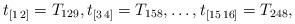
LaTeX: \begin{align*}t_{[1\,2]}=T_{129}, t_{[3\,4]}=T_{158},\ldots,t_{[15\,16]}=T_{248},\end{align*}